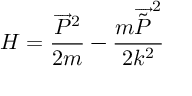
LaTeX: H = \frac { \overrightarrow { P } ^ { 2 } } { 2 m } - \frac { m \overrightarrow { \tilde { P } } ^ { 2 } } { 2 k ^ { 2 } }